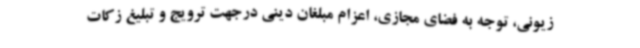
زیونی، توجه به فضای مجازی، اعزام مبلغان دینی درجهت ترویج و تبلیغ زکات